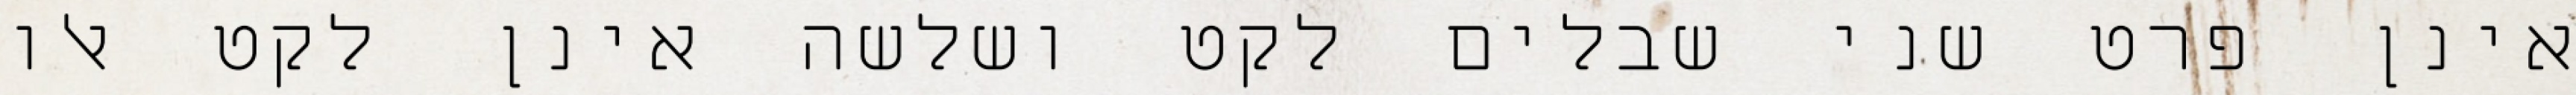
אינן פרט שני שבלים לקט ושלשה אינן לקט אלו